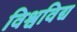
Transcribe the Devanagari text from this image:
विश्वविद्य